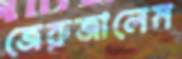
জেরুজালেম